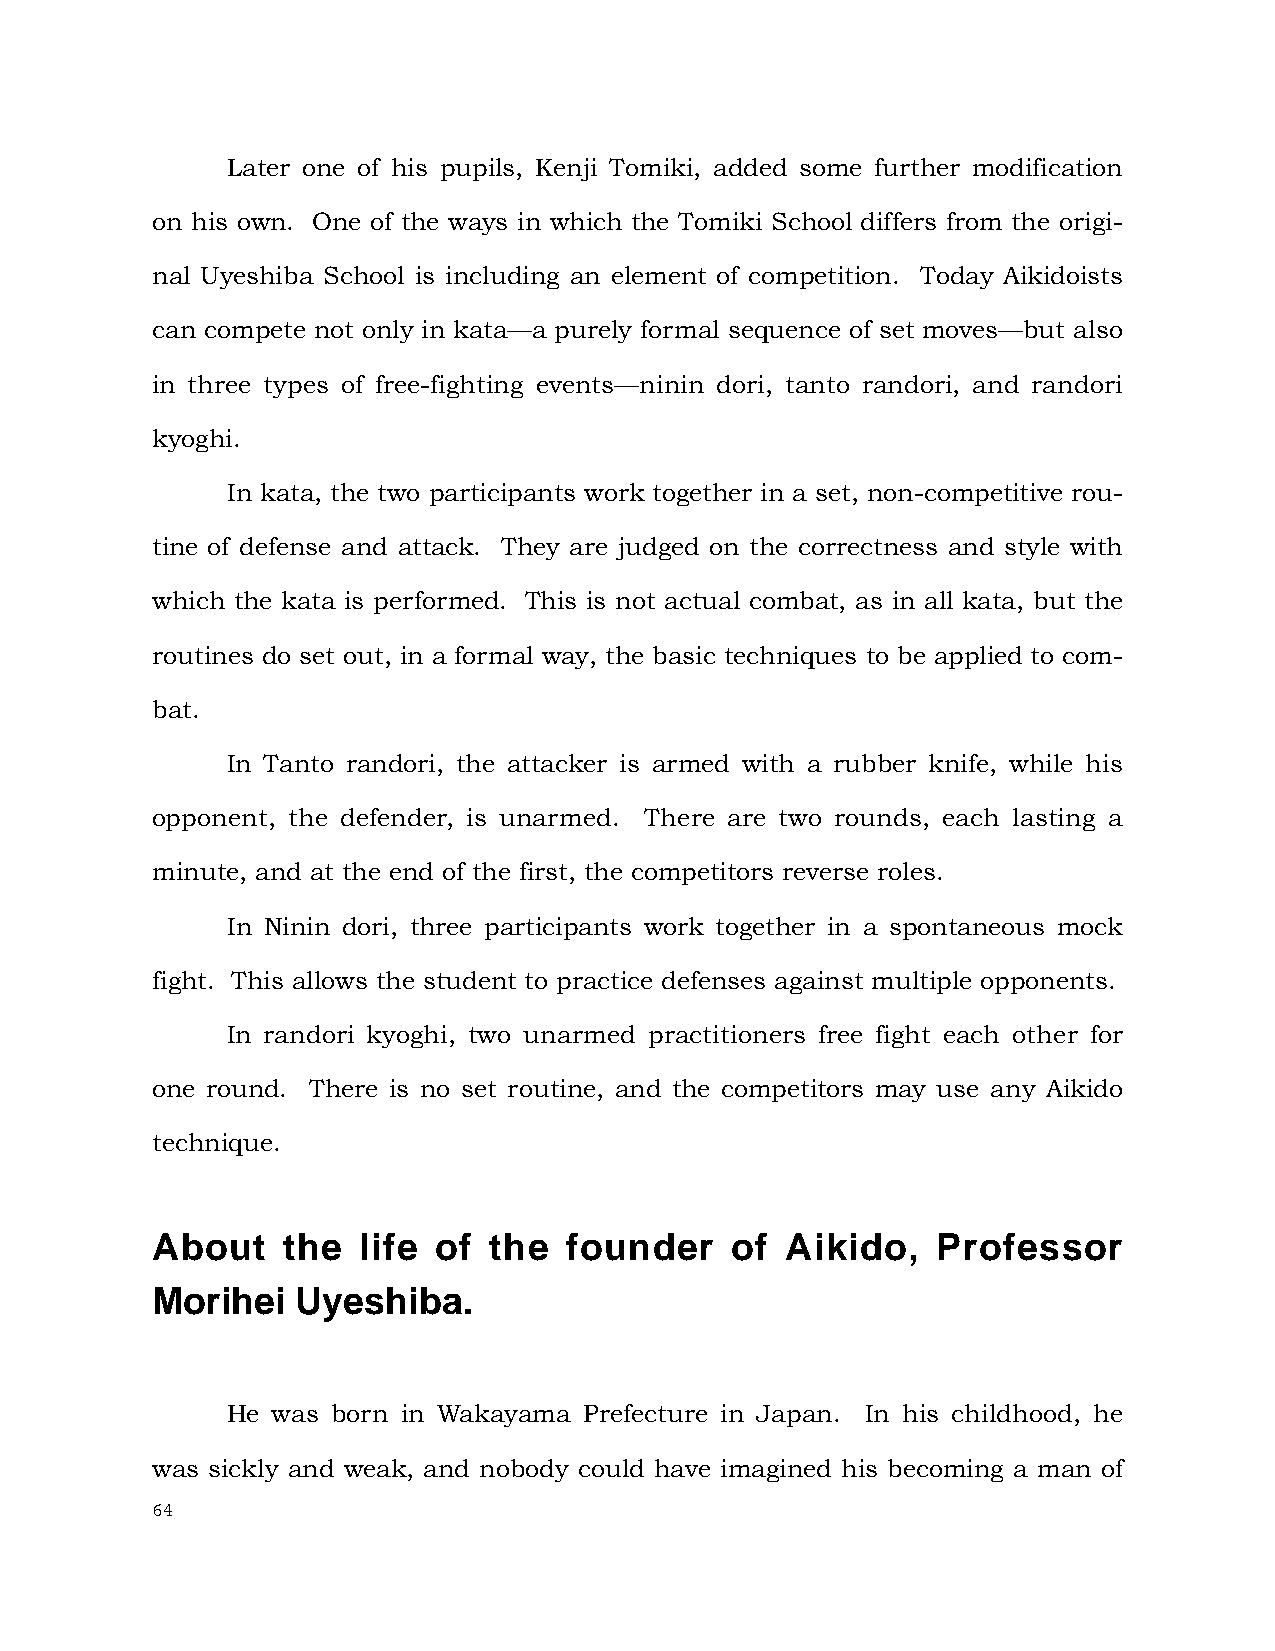
Later one of his pupils, Kenji Tomiki, added some further modification
 on his own. One of the ways in which the Tomiki School differs from the origi-
 nal Uyeshiba School is including an element of competition. Today Aikidoists
 can compete not only in kata—a purely formal sequence of set moves—but also
 in three types of free-fighting events—ninin dori, tanto randori, and randori
 kyoghi.
 In kata, the two participants work together in a set, non-competitive rou-
 tine of defense and attack. They are judged on the correctness and style with
 which the kata is performed. This is not actual combat, as in all kata, but the
 routines do set out, in a formal way, the basic techniques to be applied to com-
 bat.
 In Tanto randori, the attacker is armed with a rubber knife, while his
 opponent, the defender, is unarmed. There are two rounds, each lasting a
 minute, and at the end of the first, the competitors reverse roles.
 In Ninin dori, three participants work together in a spontaneous mock
 fight. This allows the student to practice defenses against multiple opponents.
 In randori kyoghi, two unarmed practitioners free fight each other for
 one round. There is no set routine, and the competitors may use any Aikido
 technique.
 About    the  life of the  founder    of  Aikido,   Professor
 Morihei   Uyeshiba.
 He was born in Wakayama Prefecture in Japan. In his childhood, he
 was sickly and weak, and nobody could have imagined his becoming a man of
 64